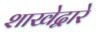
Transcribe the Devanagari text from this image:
शाखेद्वारे